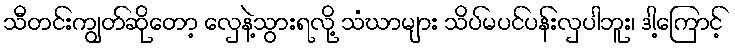
သီတင်းကျွတ်ဆိုတော့ လှေနဲ့သွားရလို့ သံဃာများ သိပ်မပင်ပန်းလှပါဘူး၊ ဒါ့ကြောင့်